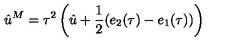
\hat { u } ^ { M } = \tau ^ { 2 } \left( \hat { u } + \frac { 1 } { 2 } ( e _ { 2 } ( \tau ) - e _ { 1 } ( \tau ) ) \right)